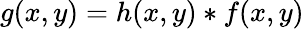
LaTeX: g(x,y)=h(x,y)*f(x,y)